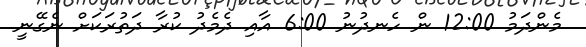
މެންދަމު 12:00 ން ހެނދުނު 6:00 އާއި ދެމެދު ކުރާ ދަތުރަކަށް ނެގޭނީ